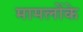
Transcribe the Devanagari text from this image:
मामलोंके